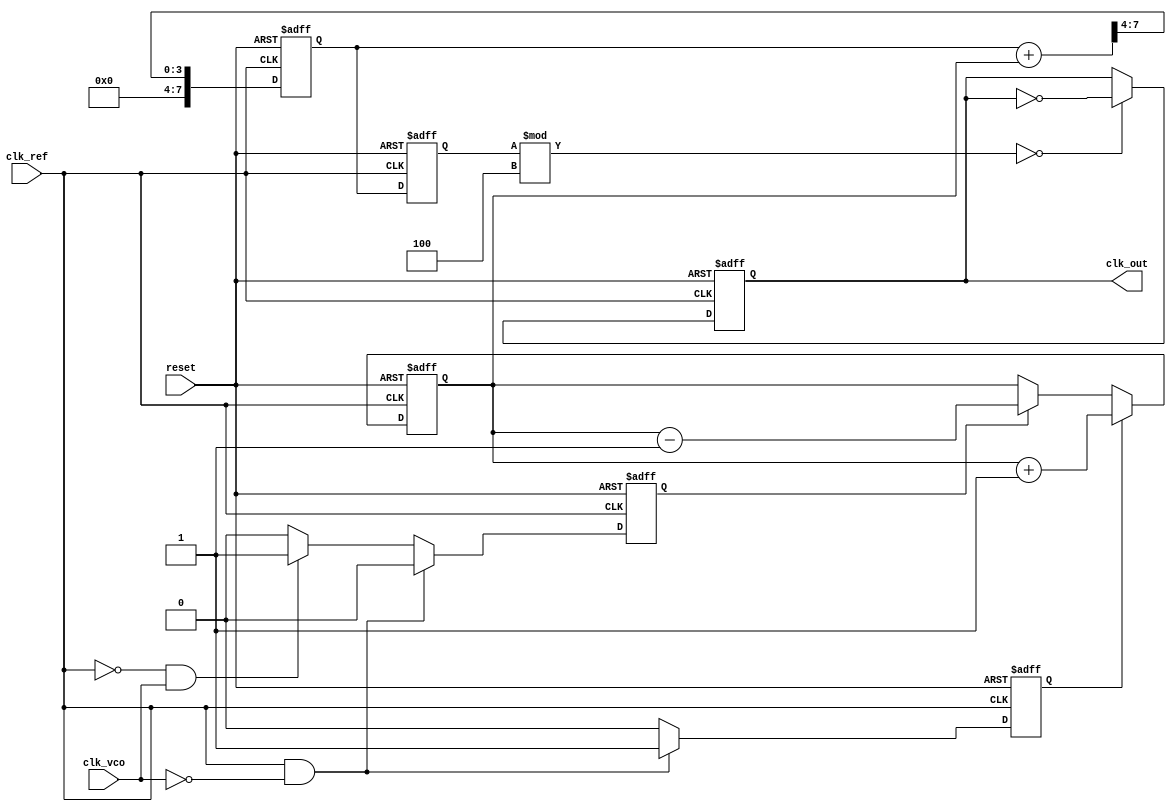
module cp_pll (
    input wire clk_ref,       // Reference clock input
    input wire clk_vco,       // VCO clock input (feedback)
    input wire reset,         // Reset signal
    output reg clk_out        // Output clock
);

// Parameters
parameter N = 4;              // VCO division factor
parameter CP_CURRENT = 1;     // Charge pump current (arbitrary units)
parameter LF_TIME_CONST = 4;  // Loop filter time constant (arbitrary units)

// PFD signals
reg pfd_up;
reg pfd_down;

// Charge Pump signals
reg [7:0] charge_pump_output; // Control voltage for VCO
reg [7:0] vco_control_voltage; // Filtered control voltage

// VCO output frequency
reg [7:0] vco_frequency;

// Phase Frequency Detector (PFD)
always @(posedge clk_ref or posedge reset) begin
    if (reset) begin
        pfd_up <= 0;
        pfd_down <= 0;
    end else begin
        if (clk_ref && !clk_vco) begin
            pfd_up <= 1;
            pfd_down <= 0;
        end else if (!clk_ref && clk_vco) begin
            pfd_up <= 0;
            pfd_down <= 1;
        end else begin
            pfd_up <= 0;
            pfd_down <= 0;
        end
    end
end

// Charge Pump
always @(posedge clk_ref or posedge reset) begin
    if (reset) begin
        charge_pump_output <= 0;
    end else begin
        if (pfd_up) begin
            charge_pump_output <= charge_pump_output + CP_CURRENT; // Source current
        end else if (pfd_down) begin
            charge_pump_output <= charge_pump_output - CP_CURRENT; // Sink current
        end
    end
end

// Loop Filter (simple RC filter model)
always @(posedge clk_ref or posedge reset) begin
    if (reset) begin
        vco_control_voltage <= 0;
    end else begin
        vco_control_voltage <= (vco_control_voltage + charge_pump_output) >> LF_TIME_CONST; // Simple averaging
    end
end

// Voltage-Controlled Oscillator (VCO)
always @(posedge clk_ref or posedge reset) begin
    if (reset) begin
        vco_frequency <= 0;
        clk_out <= 0;
    end else begin
        // Adjust frequency based on control voltage
        vco_frequency <= vco_control_voltage; // Assume direct mapping for simplicity
        clk_out <= (vco_frequency % N == 0) ? ~clk_out : clk_out; // Generate output clock
    end
end

endmodule